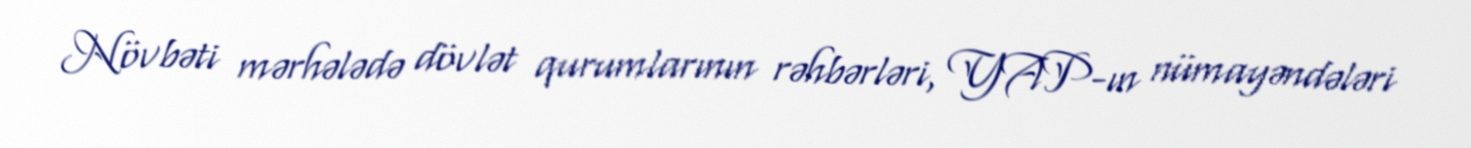
Növbəti mərhələdə dövlət qurumlarının rəhbərləri, YAP-ın nümayəndələri